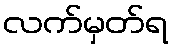
လက်မှတ်ရ